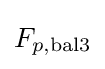
F_{p,{\text{bal}}3}